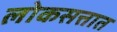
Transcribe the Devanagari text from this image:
लोकसत्तात